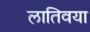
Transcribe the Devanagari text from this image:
लातिवया